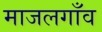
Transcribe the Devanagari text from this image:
माजलगाँव